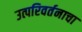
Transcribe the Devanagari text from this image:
उत्परिवर्तनाचा